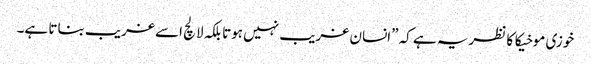
خوزی موخیکا کا نظریہ ہے کہ ”انسان غریب نہیں ہوتا بلکہ لالچ اسے غریب بناتا ہے۔